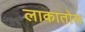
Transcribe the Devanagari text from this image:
लाकातोस